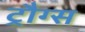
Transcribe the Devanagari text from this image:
ट्रौग्स